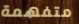
متفهمة